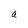
Character: a